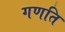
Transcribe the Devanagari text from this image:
गणति